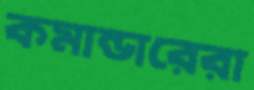
কমান্ডারেরা